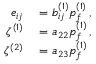
\begin{array} { r l } { e _ { i j } } & { { } = b _ { i j } ^ { ( 1 ) } p _ { f } ^ { ( 1 ) } \, , } \\ { \zeta ^ { ( 1 ) } } & { { } = a _ { 2 2 } p _ { f } ^ { ( 1 ) } \, , } \\ { \zeta ^ { ( 2 ) } } & { { } = a _ { 2 3 } p _ { f } ^ { ( 1 ) } \, } \end{array}